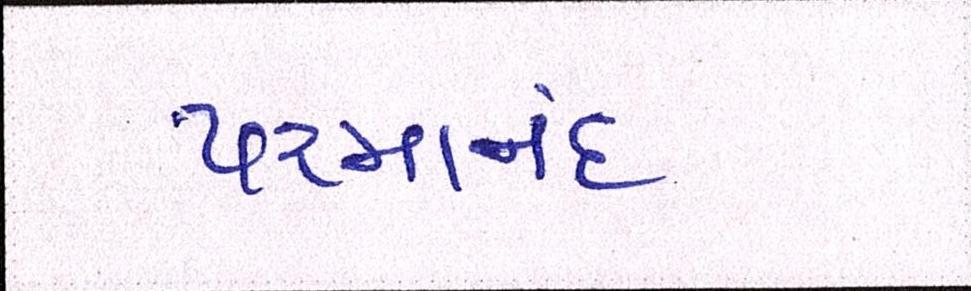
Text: પરમાનંદ